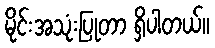
မိုင်းအသုံးပြုတာ ရှိပါတယ်။